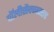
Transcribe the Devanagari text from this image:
पॉलीसैक्काराइड